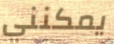
يمكنني